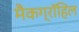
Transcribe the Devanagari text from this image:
मैकग्रॉहिल